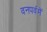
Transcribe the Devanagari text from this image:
वनपर्वमें